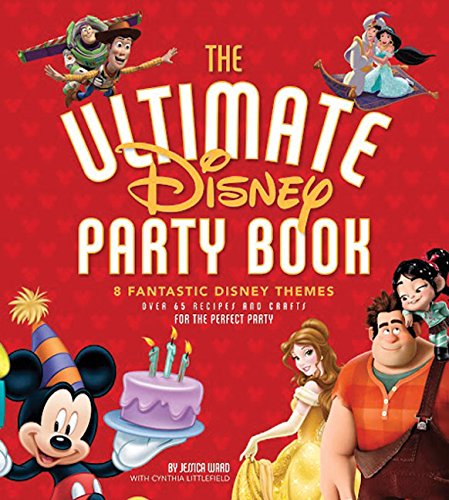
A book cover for The Ultimate Disney Party Book: 8 Fantastic Disney Themes, Over 65 Recipes and Crafts for the Perfect Party; Cookbooks, Food & Wine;